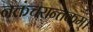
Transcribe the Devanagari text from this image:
नक्तंचरान्तकम्‌।